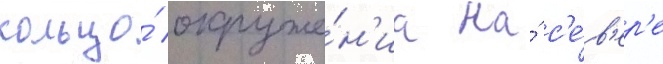
кольцо́ окруже́н'иа на́ с'е́в'ер'е